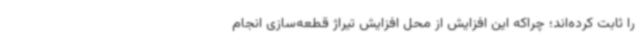
را ثابت کرده‌اند؛ چراکه این افزایش از محل افزایش تیراژ قطعه‌سازی انجام